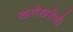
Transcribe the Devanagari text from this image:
खरोखरीची